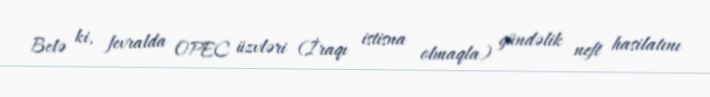
Belə ki, fevralda OPEC üzvləri (İraqı istisna olmaqla) gündəlik neft hasilatını